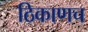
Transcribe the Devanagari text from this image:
ठिकाणच